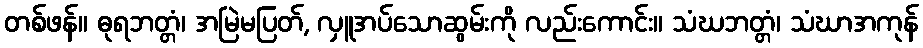
တစ်ဖန်။ ဓုရဘတ္တံ၊ အမြဲမပြတ်, လှူအပ်သောဆွမ်းကို လည်းကောင်း။ သံဃဘတ္တံ၊ သံဃာအကုန်